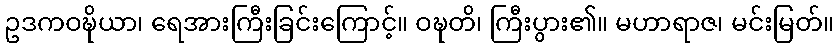
ဥဒကဝဍ္ဎိယာ၊ ရေအားကြီးခြင်းကြောင့်။ ဝဍ္ဎတိ၊ ကြီးပွား၏။ မဟာရာဇ၊ မင်းမြတ်။